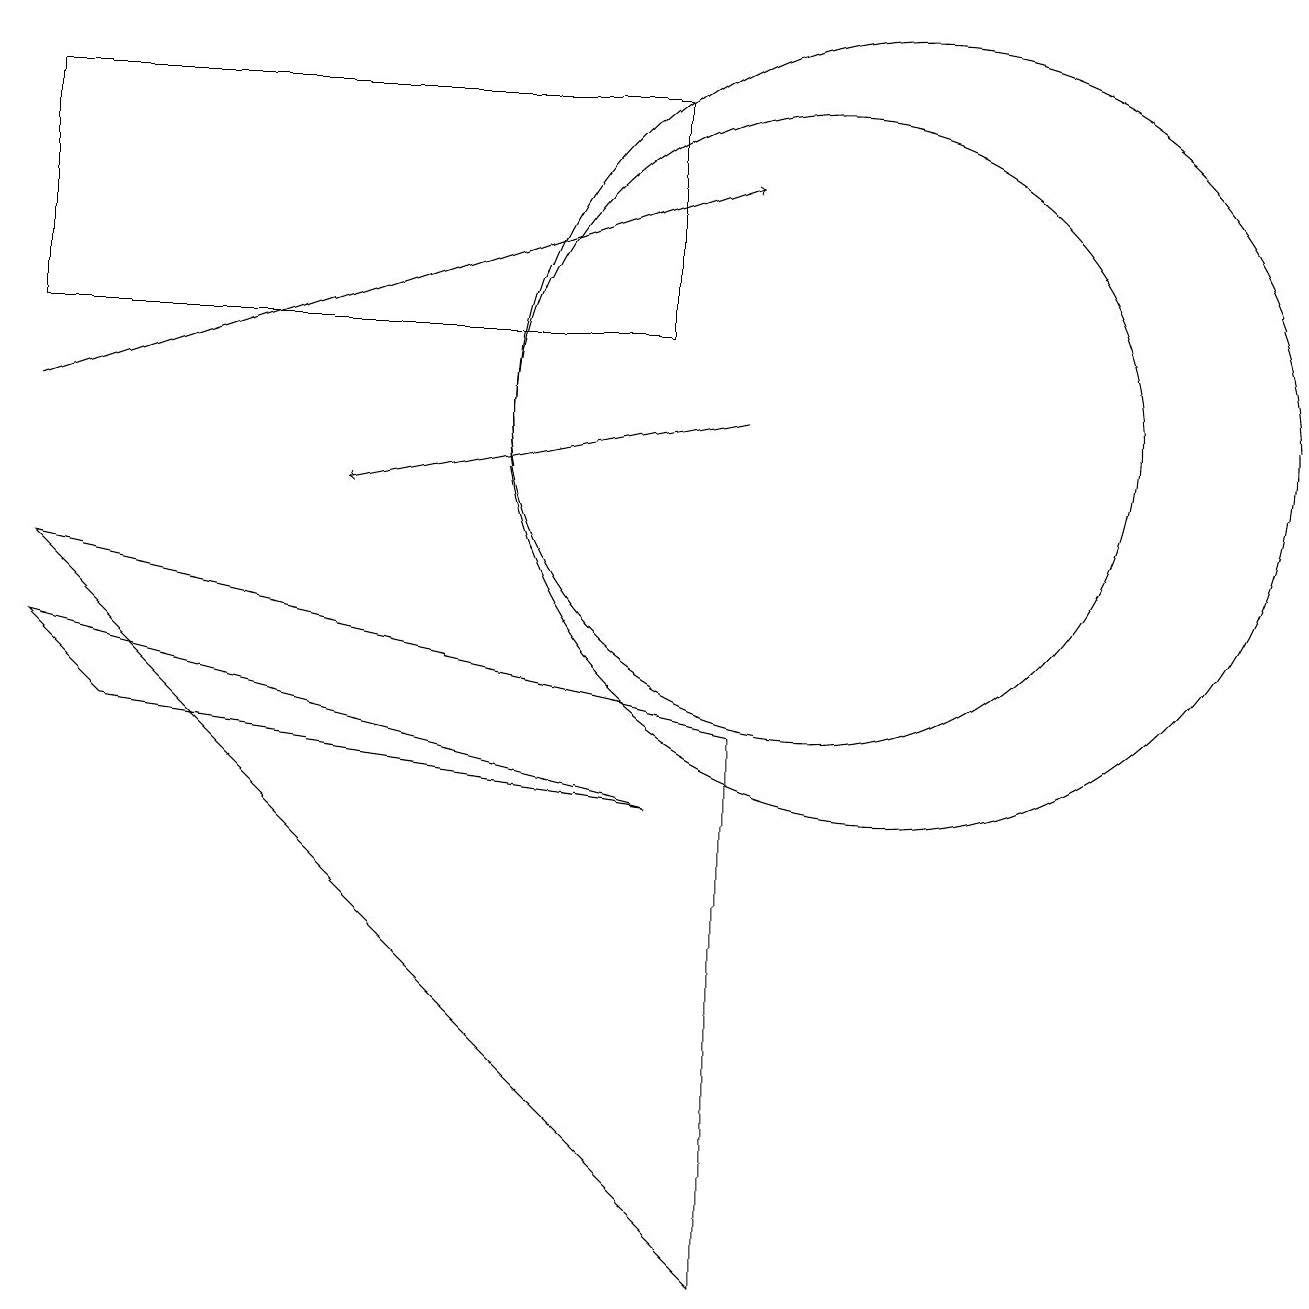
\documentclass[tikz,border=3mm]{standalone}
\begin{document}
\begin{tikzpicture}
\draw (8,15) rectangle (0,12);
\draw (10,11) circle (4);
\draw (11,11) circle (5);
\draw (1,7) -- (8,6) -- (0,8) -- cycle;
\draw[->] (0,11) -- (9,14);
\draw (0,9) -- (9,0) -- (9,7) -- cycle;
\draw[->] (9,11) -- (4,10);
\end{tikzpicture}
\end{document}